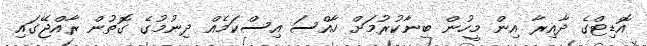
އޮޑިޓްގެ ދާއިރާ އިން މީހުން ބިނާކުރުމަށް ހާއްސަ އިސްކަމެއް ދިނުމުގެ ގޮތުން ރާއްޖޭގައި